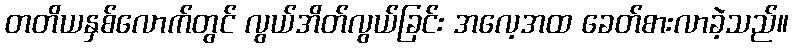
တတိယနှစ်လောက်တွင် လွယ်အိတ်လွယ်ခြင်း အလေ့အထ ခေတ်စားလာခဲ့သည်။